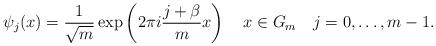
LaTeX: \begin{align*}\psi_j(x)=\frac{1}{\sqrt{m}}\exp\left(2\pi i \frac{j+\beta}{m} x\right)\,\,\,\,\,\,x\in G_m\,\,\,\,\,\,j=0,\ldots,m-1.\end{align*}